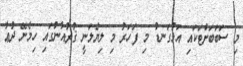
މި ސަބަބަށްޓަކައި އަޅުގަނޑު މި ފަހަރު މި ލިޔެލަނީ ޤުރުއާނުގައި ހިމެނޭ ދުޢާ